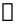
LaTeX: \Bbbk